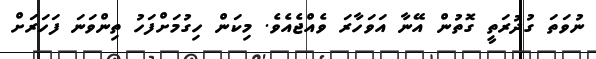
ނުވަތަ ގުދުރަތީ ގޮތުން އޭނާ އަވަހާރަ ވެއްޖެއެވެ. މިކަން ހިގުމަށްފަހު ތިންވަނަ ފަހަރަށް